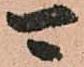
可